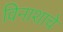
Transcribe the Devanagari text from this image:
विनाशाचे